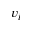
v _ { i }